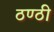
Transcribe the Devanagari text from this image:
ठण्ठी